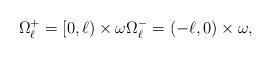
LaTeX: \begin{align*}\Omega_\ell^+ = [0, \ell)\times{}\omega \Omega_\ell^-= (-\ell,0)\times{}\omega,\end{align*}